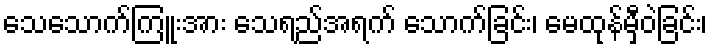
သေသောက်ကြူးအား သေရည်အရက် သောက်ခြင်း၊ မေထုန်မှီဝဲခြင်း၊